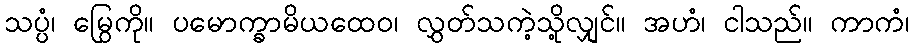
သပ္ပံ၊ မြွေကို။ ပမောက္ခာမိယထေဝ၊ လွှတ်သကဲ့သို့လျှင်။ အဟံ၊ ငါသည်။ ကာကံ၊